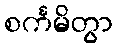
စင်္ကမိတွာ